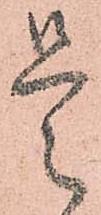
是